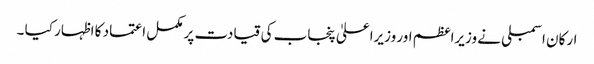
ارکان اسمبلی نے وزیراعظم اور وزیراعلیٰ پنجاب کی قیادت پر مکمل اعتماد کا اظہار کیا ۔